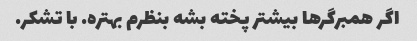
اگر همبرگر‌ها بیشتر پخته بشه بنظرم بهتره. با تشکر.